Scottish Leaving Certificate Examination, 1958
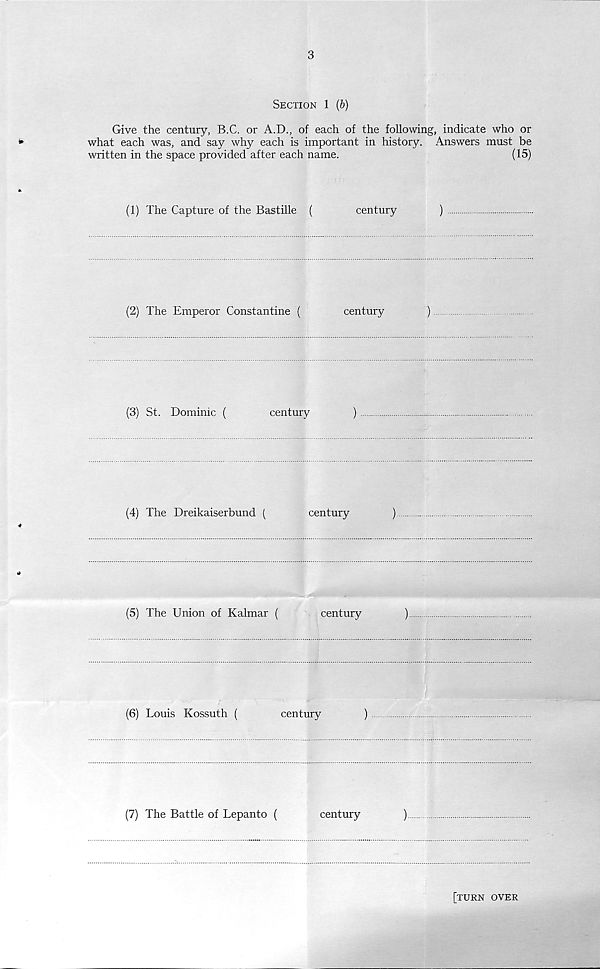
3
Section 1 (b)
Give the century, B.C. or A.D., of each of the following, indicate who or
what each was, and say why each is important in history. Answers must be
written in the space provided after each name.
(15)
(1) The Capture of the Bastille (
century
)
(2) The Emperor Constantine (
century
)
(3) St. Dominic (
century
)
(4) The Dreikaiserbund (
century
)
(5) The Union of Kalmar (
century
)
(6) Louis Kossuth (
century
)
(7) The Battle of Lepanto (
century
)
[turn over